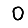
Digit: 0